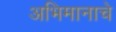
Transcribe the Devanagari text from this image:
अभिमानाचे